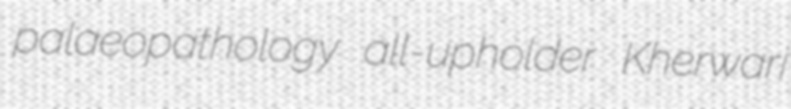
palaeopathology all-upholder Kherwari